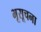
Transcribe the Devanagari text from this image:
भूसूचना